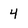
Character: 4